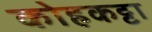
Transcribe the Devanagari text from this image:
कोहकट्टा